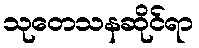
သုတေသနဆိုင်ရာ